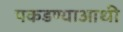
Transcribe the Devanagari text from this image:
पकडण्याआधी